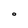
Character: O